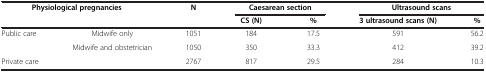
<table><thead><tr><td rowspan="2" colspan="2"><b>Physiological pregnancies</b></td><td rowspan="2"><b>N</b></td><td colspan="2"><b>Caesarean section</b></td><td colspan="2"><b>Ultrasound scans</b></td></tr><tr><td><b>CS (N)</b></td><td><b>%</b></td><td><b>3 ultrasound scans (N)</b></td><td><b>%</b></td></tr></thead><tbody><tr><td rowspan="2">Public care</td><td>Midwife only</td><td>1051</td><td>184</td><td>17.5</td><td>591</td><td>56.2</td></tr><tr><td>Midwife and obstetrician</td><td>1050</td><td>350</td><td>33.3</td><td>412</td><td>39.2</td></tr><tr><td>Private care</td><td> </td><td>2767</td><td>817</td><td>29.5</td><td>284</td><td>10.3</td></tr></tbody></table>